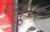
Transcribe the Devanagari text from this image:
ग्सुम